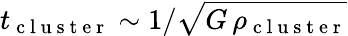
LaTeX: t_{\mathrm{~c~l~u~s~t~e~r~}}\sim 1/\sqrt{G\, \rho_{\mathrm{~c~l~u~s~t~e~r~}}}